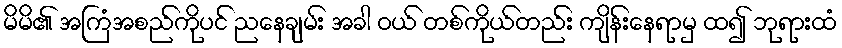
မိမိ၏ အကြံအစည်ကိုပင် ညနေချမ်း အခါ ဝယ် တစ်ကိုယ်တည်း ကျိန်းနေရာမှ ထ၍ ဘုရားထံ